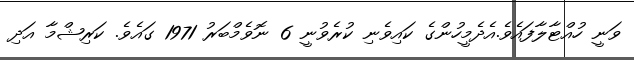
ވަނީ ހުއްޓާލާފައެވެ.އެދެމީހުންގެ ކައިވެނި ކުރެވުނީ 6 ނޮވެމްބަރު 1971 ގައެވެ. ކަރިޝްމާ އަދި